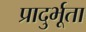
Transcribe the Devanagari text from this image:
प्रादुर्भूता